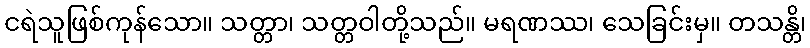
ငရဲသူဖြစ်ကုန်သော။ သတ္တာ၊ သတ္တဝါတို့သည်။ မရဏဿ၊ သေခြင်းမှ။ တသန္တိ၊